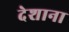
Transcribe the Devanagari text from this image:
देशाना